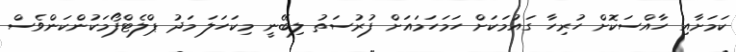
ކަމަށާއި ހާއްސަކޮށް ހުރިހާ ގައުމަކަށް ހަމަހަަމައަށް ފުރުސަތު ލިބޭނީ މިކަހަލަ މަދު ޕްލެޓްފޯމަކުންކަންވެސް